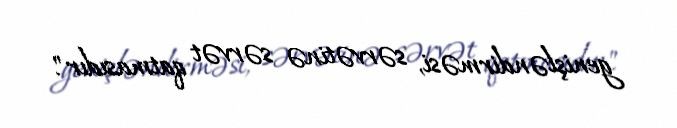
genişləndirməsi, sərvətinə sərvət qatmasıdır".